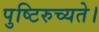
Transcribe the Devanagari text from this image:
पुष्टिरुच्यते।